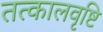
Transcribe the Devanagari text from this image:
तत्कालवृष्टि